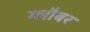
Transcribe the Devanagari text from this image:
ग्लौबर